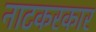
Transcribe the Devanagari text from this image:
नाटकरकार